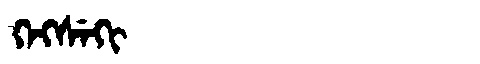
Manchu: ᡴᡝᡴᠰᡝᡴᡳ
Romanization: KEKSEKI